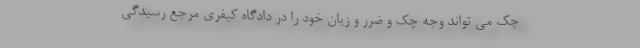
چک می تواند وجه چک و ضرر و زیان خود را در دادگاه کیفری مرجع رسیدگی